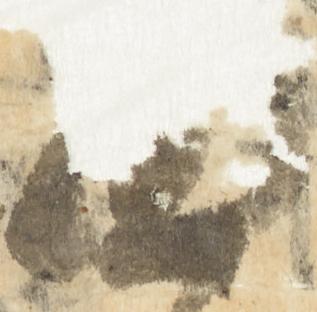
面